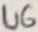
Text: U6